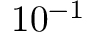
1 0 ^ { - 1 }